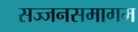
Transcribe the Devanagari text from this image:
सज्जनसमागम